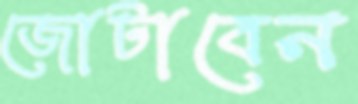
জোটাবেন